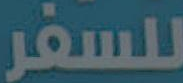
للسفر